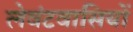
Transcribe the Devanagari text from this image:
लेवंटवासियों